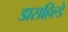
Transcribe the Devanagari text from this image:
डासहिल्डे